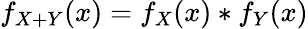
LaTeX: f_{X+Y}(x)=f_{X}(x)*f_{Y}(x)